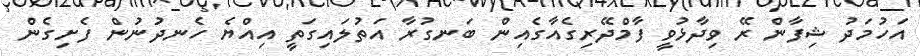
އަހުމަދު ޝިފާން ރޭ ވިދާޅުވީ ފާމްދޭރިގެއާގެއިން ބަނގުރާ އަތުލައިގަތީ އިއްޔެ ހެނދުނުން ފެށިގެން